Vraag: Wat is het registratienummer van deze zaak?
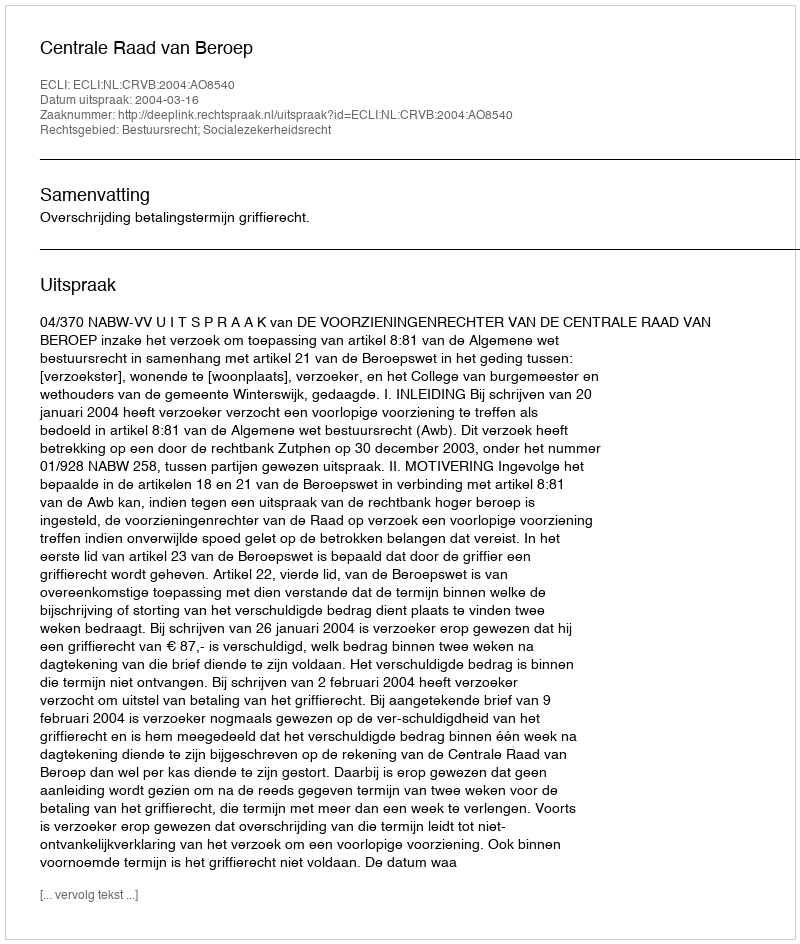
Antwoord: http://deeplink.rechtspraak.nl/uitspraak?id=ECLI:NL:CRVB:2004:AO8540